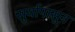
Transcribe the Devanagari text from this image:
सुर्यापासुन